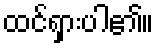
ထင်ရှားပါ၏။